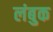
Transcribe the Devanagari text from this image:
लंबुक